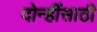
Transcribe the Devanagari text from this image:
दोन्हींसाठी